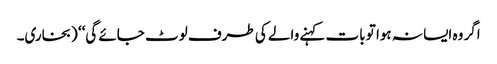
اگر وہ ایسا نہ ہوا تو بات کہنے والے کی طرف لوٹ جائے گی‘‘ (بخاری۔